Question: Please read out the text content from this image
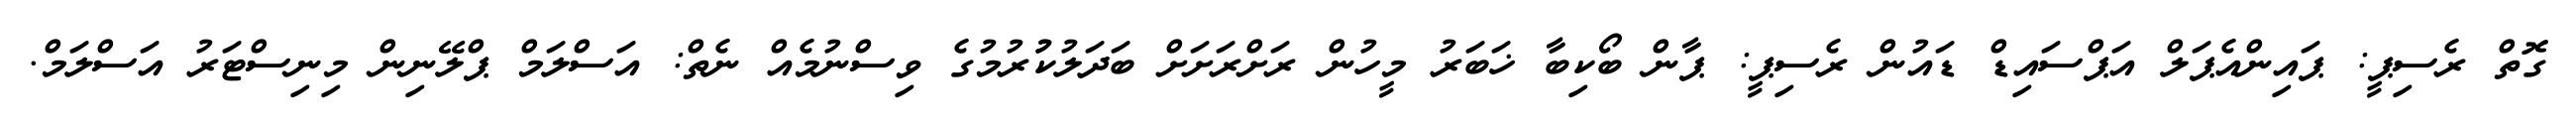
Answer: ގޮތް ރެސިޕީ: ޕައިންއެޕަލް އަޕްސައިޑް ޑައުން ރެސިޕީ: ޕާން ބޯކިބާ ޚަބަރު މީހުން ރަށްރަށަށް ބަދަލުކުުރުމުގެ ވިސްނުމެއް ނެތް: އަސްލަމް ޕްލޭނިން މިނިސްޓަރު އަސްލަމް.